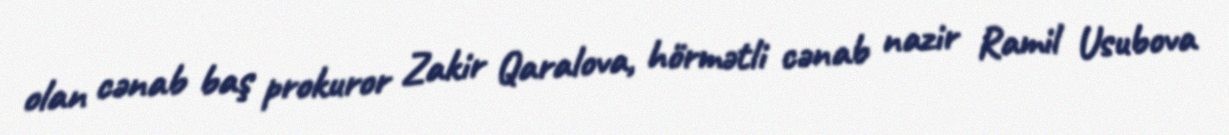
olan cənab baş prokuror Zakir Qaralova, hörmətli cənab nazir Ramil Usubova